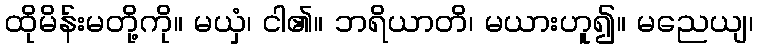
ထိုမိန်းမတို့ကို။ မယှံ၊ ငါ၏။ ဘရိယာတိ၊ မယားဟူ၍။ မညေယျ၊